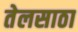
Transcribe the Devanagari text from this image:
तेलसाठा